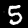
Digit: 5